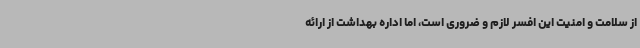
از سلامت و امنیت این افسر لازم و ضروری است، اما اداره بهداشت از ارائه